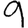
Digit: 9